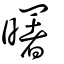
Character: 曙